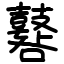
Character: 鼛